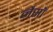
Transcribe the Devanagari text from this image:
नैसॉ